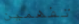
تفهمين